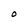
Character: O